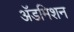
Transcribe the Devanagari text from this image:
अॅडमिशन